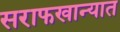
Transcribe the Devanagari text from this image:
सराफखान्यात